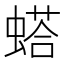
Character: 𫋓